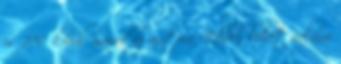
is 270 körül marad az autóra. Ebben lehet valami